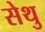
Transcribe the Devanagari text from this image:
सेथु